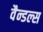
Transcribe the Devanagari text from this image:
वैन्डल्स